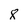
Character: 8